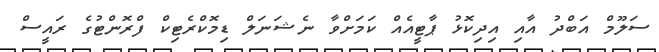
ސަލޫމް އަބްދު އާއި އިދިކޮޅު ޕާޓީއެއް ކަމަށްވާ ނެޝަނަލް ޑިމޮކްރެޓިކް ފްރޮންޓުގެ ރައީސް